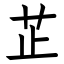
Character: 芷